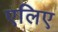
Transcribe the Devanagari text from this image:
एलिए